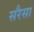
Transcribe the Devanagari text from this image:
सरैसा